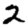
Digit: 2